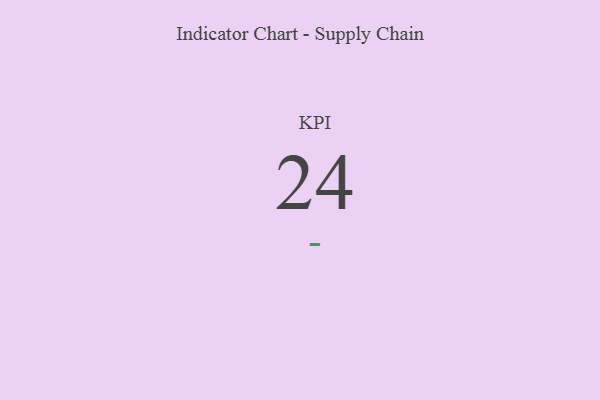
{"axis": {"x": "KPI", "y": "Value"}, "legend": [""], "data": [{"x": "KPI", "y": 24, "type": ""}]}